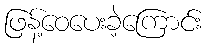
ဖြန့်ဝေပေးခဲ့ကြောင်း